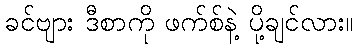
ခင်ဗျား ဒီစာကို ဖက်စ်နဲ့ ပို့ချင်လား။